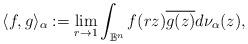
LaTeX: \begin{align*}\langle f,g\rangle_\alpha:=\lim_{r\rightarrow 1}\int_{\mathbb B^n}f(rz)\overline {g(z)}d\nu_\alpha(z),\end{align*}